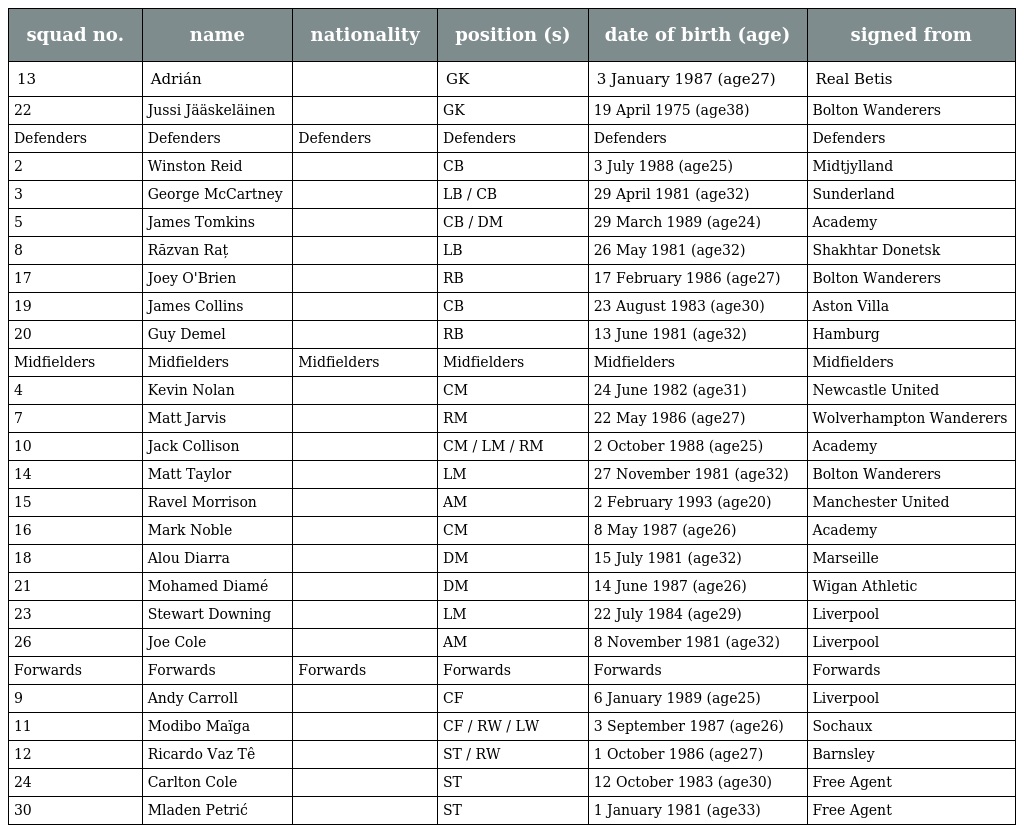
| squad no. | name | nationality | position (s) | date of birth (age) | signed from |
 | --- | --- | --- | --- | --- | --- |
 | 13 | Adrián |  | GK | 3 January 1987 (age27) | Real Betis |
 | 22 | Jussi Jääskeläinen |  | GK | 19 April 1975 (age38) | Bolton Wanderers |
 | Defenders | Defenders | Defenders | Defenders | Defenders | Defenders |
 | 2 | Winston Reid |  | CB | 3 July 1988 (age25) | Midtjylland |
 | 3 | George McCartney |  | LB / CB | 29 April 1981 (age32) | Sunderland |
 | 5 | James Tomkins |  | CB / DM | 29 March 1989 (age24) | Academy |
 | 8 | Răzvan Raț |  | LB | 26 May 1981 (age32) | Shakhtar Donetsk |
 | 17 | Joey O'Brien |  | RB | 17 February 1986 (age27) | Bolton Wanderers |
 | 19 | James Collins |  | CB | 23 August 1983 (age30) | Aston Villa |
 | 20 | Guy Demel |  | RB | 13 June 1981 (age32) | Hamburg |
 | Midfielders | Midfielders | Midfielders | Midfielders | Midfielders | Midfielders |
 | 4 | Kevin Nolan |  | CM | 24 June 1982 (age31) | Newcastle United |
 | 7 | Matt Jarvis |  | RM | 22 May 1986 (age27) | Wolverhampton Wanderers |
 | 10 | Jack Collison |  | CM / LM / RM | 2 October 1988 (age25) | Academy |
 | 14 | Matt Taylor |  | LM | 27 November 1981 (age32) | Bolton Wanderers |
 | 15 | Ravel Morrison |  | AM | 2 February 1993 (age20) | Manchester United |
 | 16 | Mark Noble |  | CM | 8 May 1987 (age26) | Academy |
 | 18 | Alou Diarra |  | DM | 15 July 1981 (age32) | Marseille |
 | 21 | Mohamed Diamé |  | DM | 14 June 1987 (age26) | Wigan Athletic |
 | 23 | Stewart Downing |  | LM | 22 July 1984 (age29) | Liverpool |
 | 26 | Joe Cole |  | AM | 8 November 1981 (age32) | Liverpool |
 | Forwards | Forwards | Forwards | Forwards | Forwards | Forwards |
 | 9 | Andy Carroll |  | CF | 6 January 1989 (age25) | Liverpool |
 | 11 | Modibo Maïga |  | CF / RW / LW | 3 September 1987 (age26) | Sochaux |
 | 12 | Ricardo Vaz Tê |  | ST / RW | 1 October 1986 (age27) | Barnsley |
 | 24 | Carlton Cole |  | ST | 12 October 1983 (age30) | Free Agent |
 | 30 | Mladen Petrić |  | ST | 1 January 1981 (age33) | Free Agent |